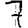
Digit: 7